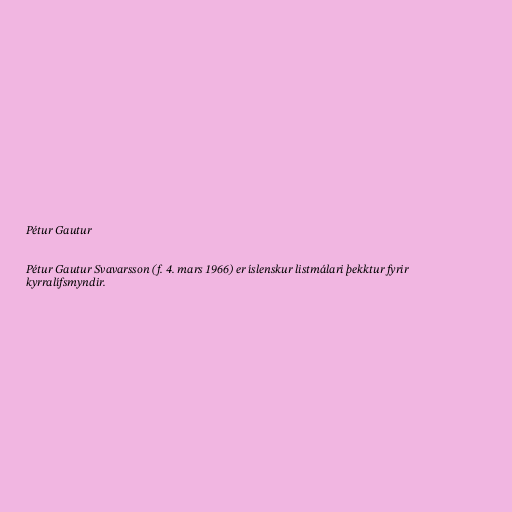
Pétur Gautur

Pétur Gautur Svavarsson (f. 4. mars 1966) er íslenskur listmálari þekktur fyrir
kyrralífsmyndir.